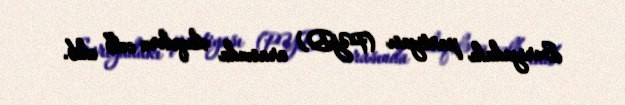
Suriyadakı partiyası (PYD) arasında əlaqələrə cəlb edib.